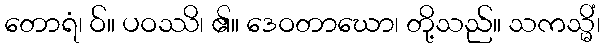
တောရံ၊ ဝ်။ ပဝဿိ၊ ၏။ ဒေဝတာဃော၊ တို့သည်။ သကသ္မိံ၊